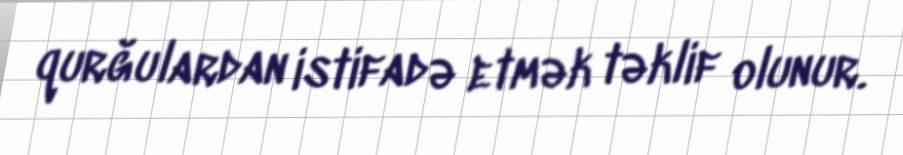
qurğulardan istifadə etmək təklif olunur.